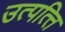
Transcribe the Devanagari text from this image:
उत्पत्‍ति